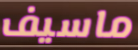
ماسيف